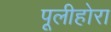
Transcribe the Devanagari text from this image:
पूलीहोरा